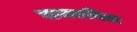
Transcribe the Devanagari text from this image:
जनकविता